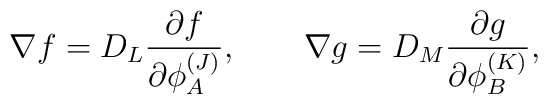
\nabla f=D_L{{\partial f} \over {\partial \phi_A^{(J)}}}, \qquad \nabla g=D_M{{\partial g} \over{\partial \phi_B^{(K)}}},